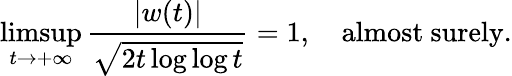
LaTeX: \operatorname*{limsup}_{t\to+\infty}{\frac{|w(t)|}{\sqrt{2t\log\log t}}}=1,\quad{\mathrm{almost~surely}}.